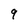
Character: 9